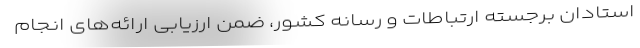
استادان برجسته ارتباطات و رسانه کشور، ضمن ارزیابی ارائه­‌های انجام